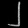
Digit: ၂